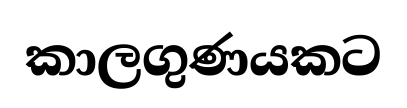
කාලගුණයකට